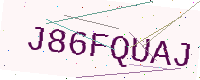
Text: J86FQUAJ